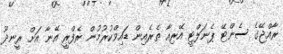
ރާއްޖޭގެ ސެންޓޭ ޕެނަލްޓީ އޭރިއާ ތެރެއިން ޑައިވްކުރުމުން ރެފްރީ އޭނާ އަށް ރީނދޫ